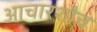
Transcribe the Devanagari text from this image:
आचारशौच